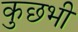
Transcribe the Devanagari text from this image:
कुछभी